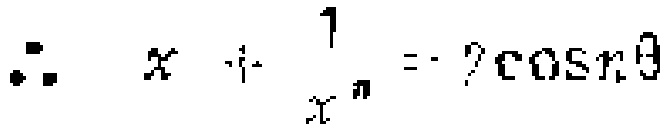
\(\therefore x+\frac{1}{x^{n}} = ?\cos n\theta\)